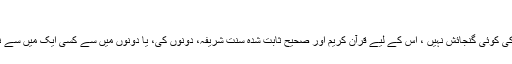
(4) اِجماع (5) اِجتہاد یا قیاس
عِبادت اور عقیدے کے مسائل میں اِجتہاد یا قیاس کی کوئی گنجائش نہیں ، اِس کے لیے قرآن کریم اور صحیح ثابت شُدہ سُنّت شریفہ، دونوں کی، یا دونوں میں سے کِسی ایک میں سے نصِ صریح یعنی واضح دلیل کا ہونا ضروری ہے۔